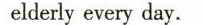
elderly every day.